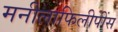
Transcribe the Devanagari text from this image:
मनीलाफिलीपींस